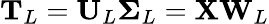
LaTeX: \mathbf{T}_{L}=\mathbf{U}_{L}\mathbf{\Sigma}_{L}=\mathbf{X}\mathbf{W}_{L}